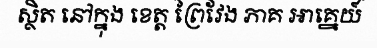
ស្ថិត នៅក្នុង ខេត្ត ព្រៃវែង ភាគ អាគ្នេយ៍